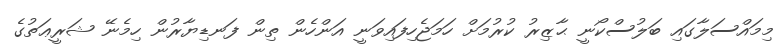
މިމައްސަލާގައި ބަލުސްކޯނީ ޙާޒިރު ކުރުމަށް ހަމަޖެހިފައިވަނީ އަންހެން ތިން ފަނޑިޔާރުން ހިމެނޭ ޝަރީޢަތުގެ